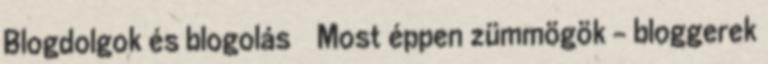
Blogdolgok és blogolás Most éppen zümmögök – bloggerek